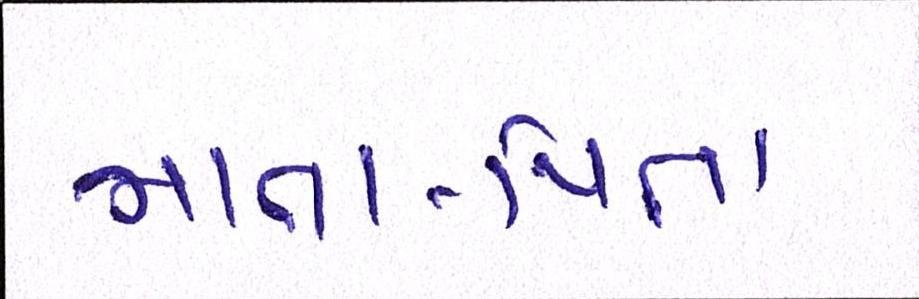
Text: માતા-પિતા